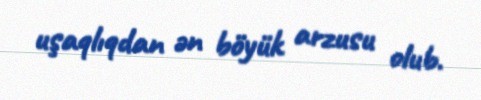
uşaqlıqdan ən böyük arzusu olub.